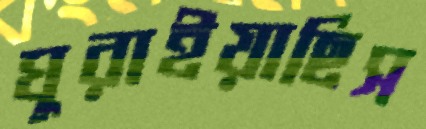
ঘুরাইয়াছিস